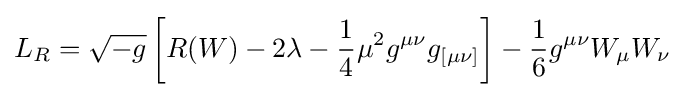
L_{R}={\sqrt {-g}}\left[R(W)-2\lambda -{\frac {1}{4}}\mu ^{2}g^{\mu \nu }g_{[\mu \nu ]}\right]-{\frac {1}{6}}g^{\mu \nu }W_{\mu }W_{\nu }\;